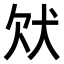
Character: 𤝀